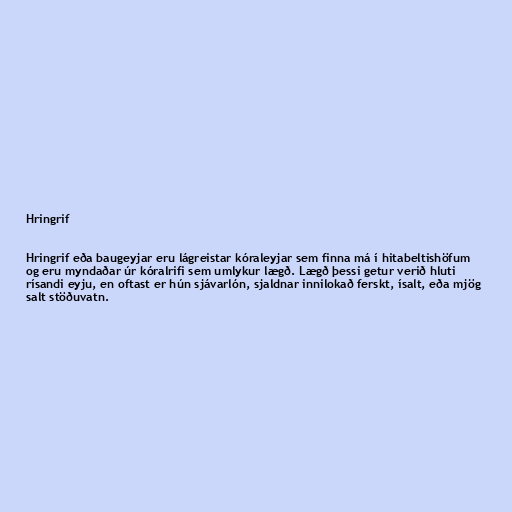
Hringrif

Hringrif eða baugeyjar eru lágreistar kóraleyjar sem finna má í hitabeltishöfum
og eru myndaðar úr kóralrifi sem umlykur lægð. Lægð þessi getur verið hluti
rísandi eyju, en oftast er hún sjávarlón, sjaldnar innilokað ferskt, ísalt, eða mjög
salt stöðuvatn.